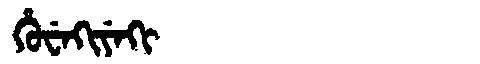
Manchu: ᡥᡠᠸᡝᡴᡳᠶᡝᡴᡳ
Romanization: HUWEKIYEKI